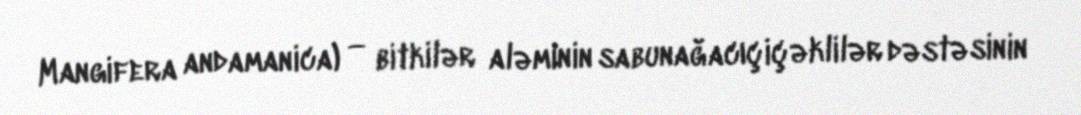
Mangifera andamanica) — bitkilər aləminin sabunağacıçiçəklilər dəstəsinin